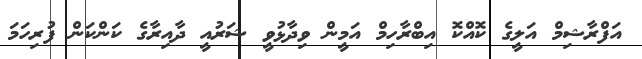
އަފްރާޝިމް އަލީގެ ކޮއްކޮ އިބްރާހިމް އަމީން ވިދާޅުވީ ޝަރުއީ ދާއިރާގެ ކަންކަން ފުރިހަމަ